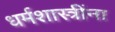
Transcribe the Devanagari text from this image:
धर्मशास्त्रींना